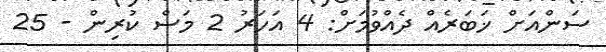
ސަންއަށް ޚަބަރެއް ދެއްވުމަށް: 4 އަހަރު 2 މަސް ކުރިން - 25